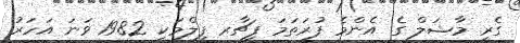
ގެރީ މާޝަލް ގެ އެންމެ ފުރަތަމަ ފީޗާރ ފިލްމަކީ 1982 ވަނަ އަހަރު